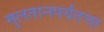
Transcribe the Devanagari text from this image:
मुलतानपर्यंतचा